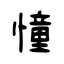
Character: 憧